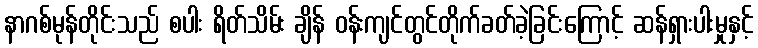
နာဂစ်မုန်တိုင်းသည် စပါး ရိတ်သိမ်း ချိန် ဝန်းကျင်တွင်တိုက်ခတ်ခဲ့ခြင်းကြောင့် ဆန်ရှားပါးမှုနှင့်